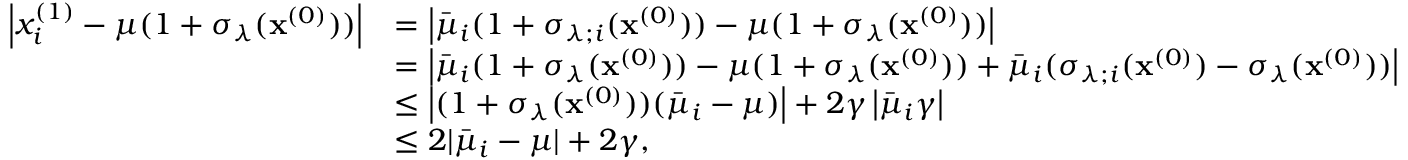
\begin{array} { r l } { \left| x _ { i } ^ { ( 1 ) } - \mu ( 1 + \sigma _ { \lambda } ( \mathbf { x } ^ { ( 0 ) } ) ) \right| } & { = \left| \bar { \mu } _ { i } ( 1 + \sigma _ { \lambda ; i } ( \mathbf { x } ^ { ( 0 ) } ) ) - \mu ( 1 + \sigma _ { \lambda } ( \mathbf { x } ^ { ( 0 ) } ) ) \right| } \\ & { = \left| \bar { \mu } _ { i } ( 1 + \sigma _ { \lambda } ( \mathbf { x } ^ { ( 0 ) } ) ) - \mu ( 1 + \sigma _ { \lambda } ( \mathbf { x } ^ { ( 0 ) } ) ) + \bar { \mu } _ { i } ( \sigma _ { \lambda ; i } ( \mathbf { x } ^ { ( 0 ) } ) - \sigma _ { \lambda } ( \mathbf { x } ^ { ( 0 ) } ) ) \right| } \\ & { \leq \left| ( 1 + \sigma _ { \lambda } ( \mathbf { x } ^ { ( 0 ) } ) ) ( \bar { \mu } _ { i } - \mu ) \right| + 2 \gamma \left| \bar { \mu } _ { i } \gamma \right| } \\ & { \leq 2 | \bar { \mu } _ { i } - \mu | + 2 \gamma , } \end{array}